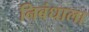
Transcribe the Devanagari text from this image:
निबंधाला